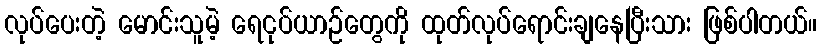
လုပ်ပေးတဲ့ မောင်းသူမဲ့ ရေငုပ်ယာဉ်တွေကို ထုတ်လုပ်ရောင်းချနေပြီးသား ဖြစ်ပါတယ်။